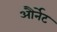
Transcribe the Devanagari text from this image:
और्नेट